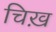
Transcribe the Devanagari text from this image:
चिख़